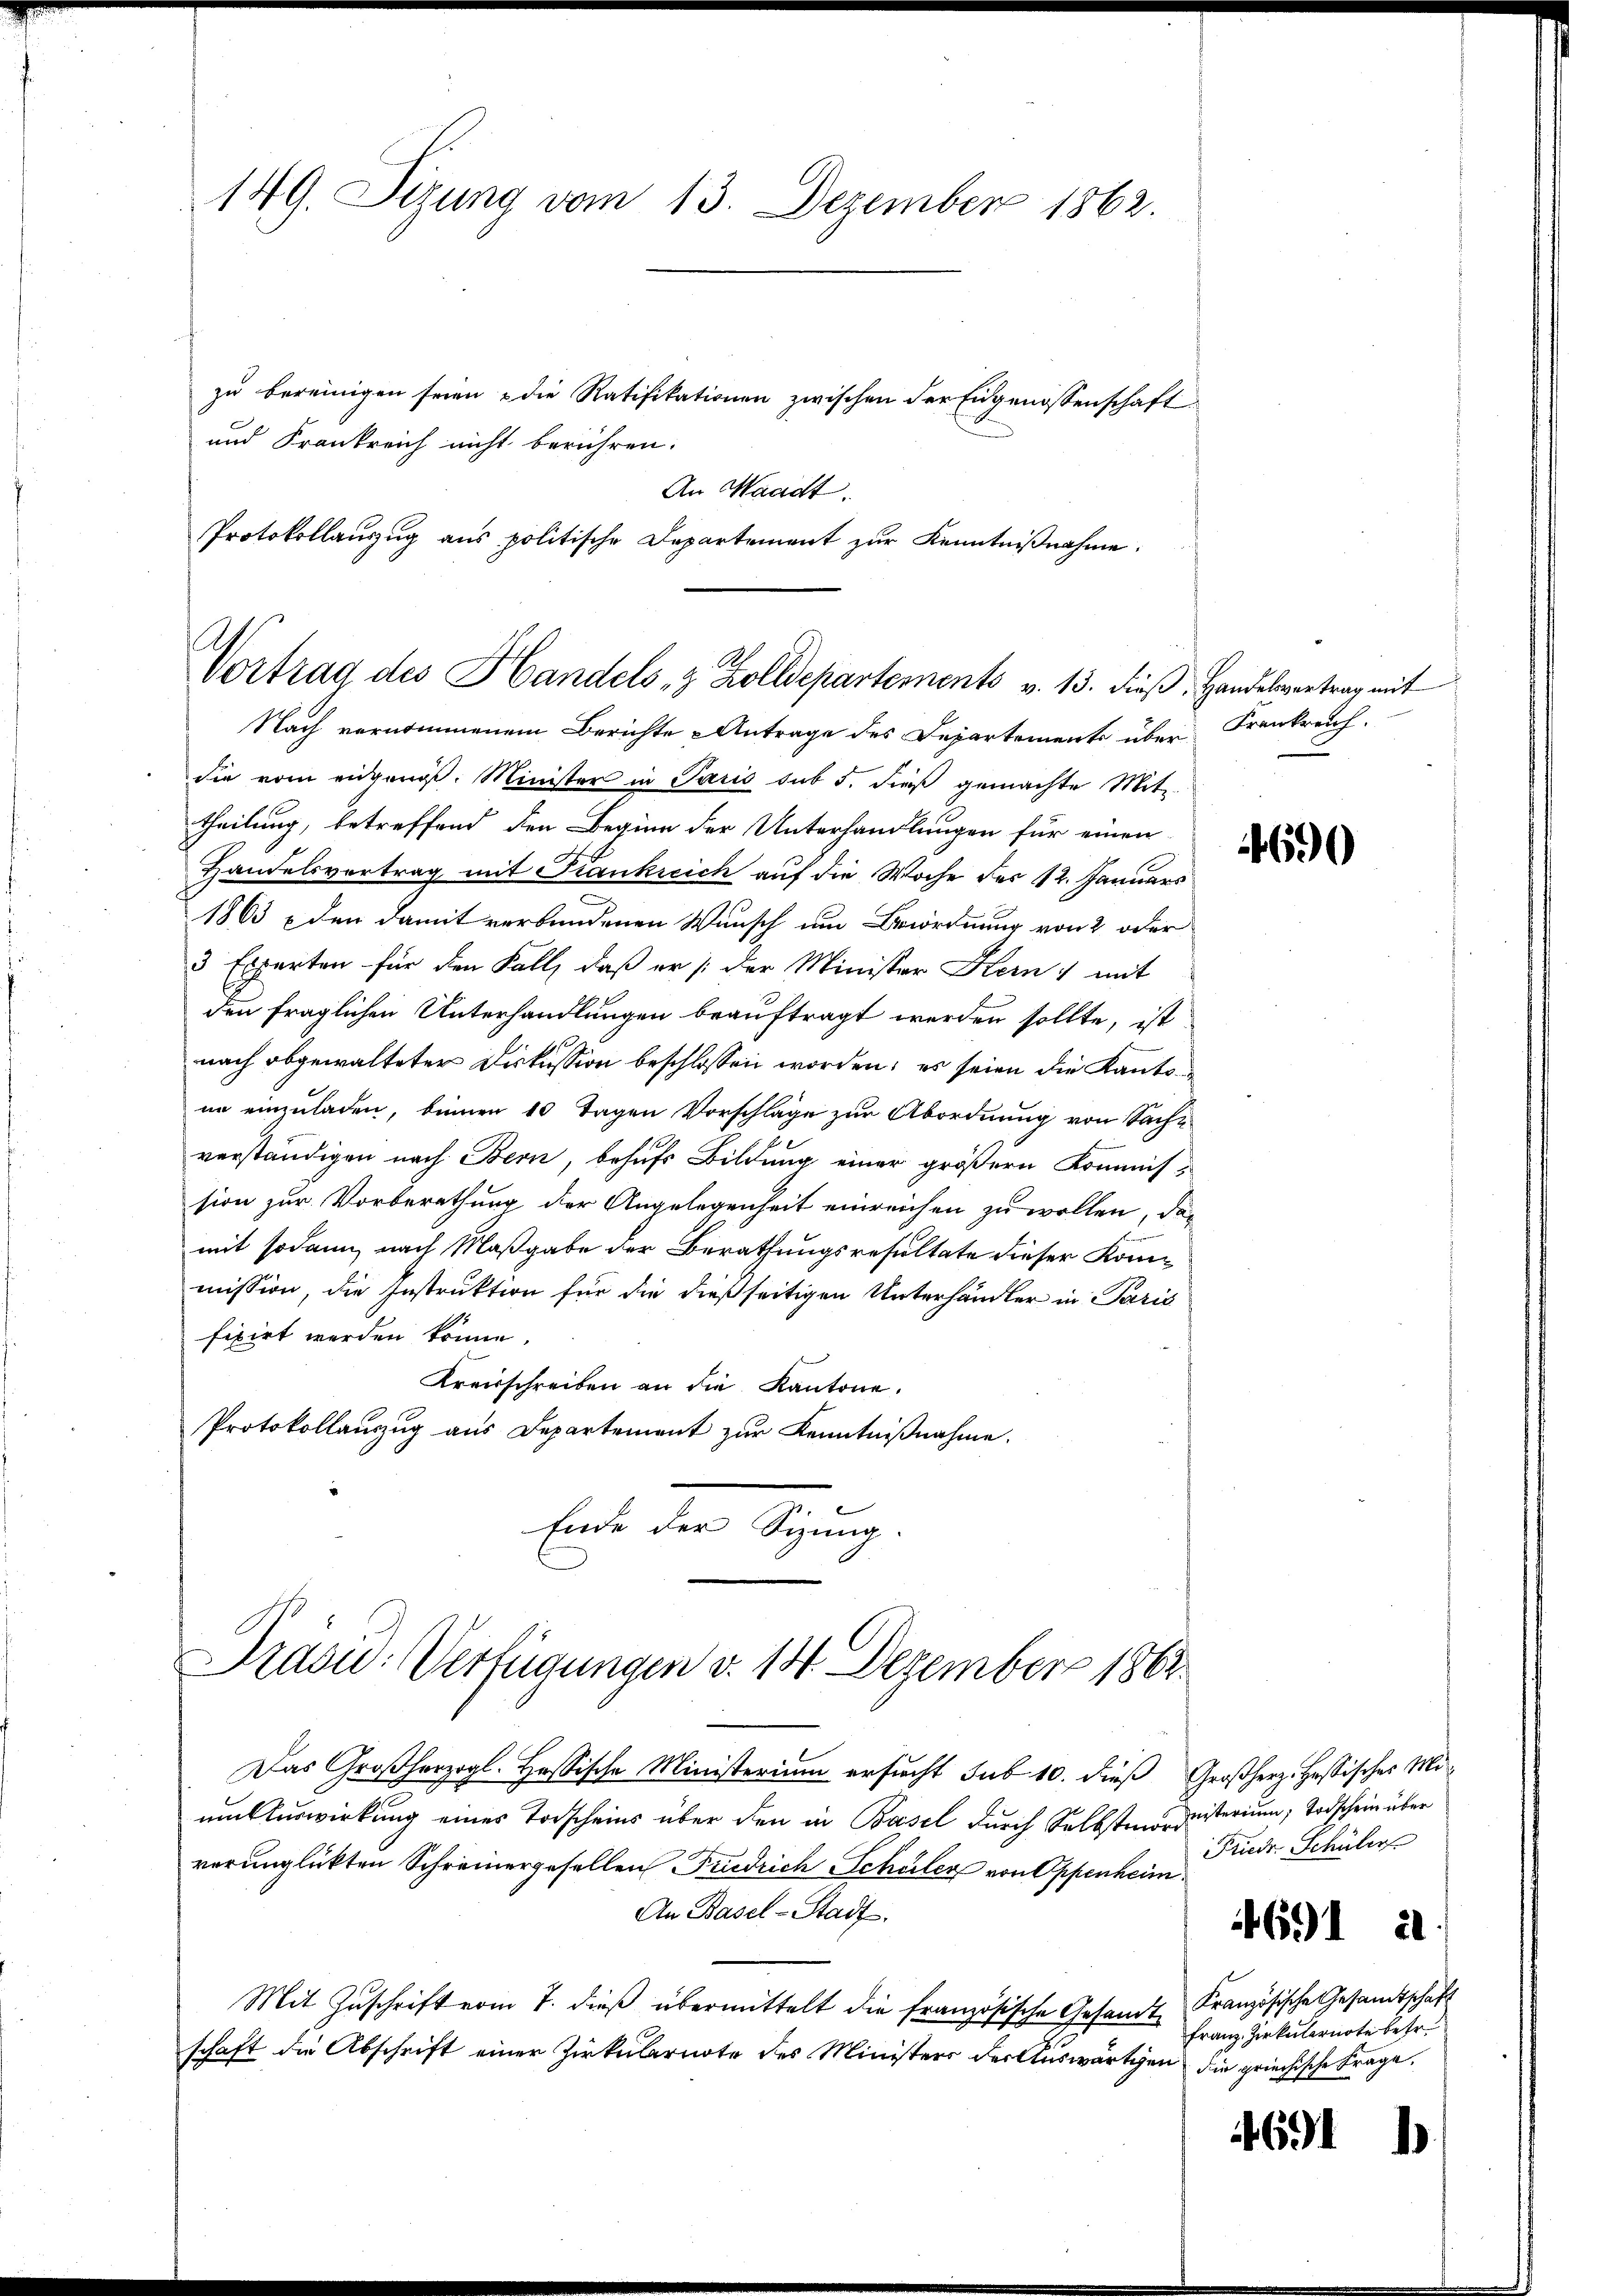
149. Sizung vom 13. Dezember 1862.
zu bereinigen seien u die Ratifikationen zwischen der Eidgenossenschaft
und Frankreich nicht berühren.

An Waadt.
Protokollanzug aus politische Departement zur Kenntnißnahme.

Vortrag des Handels- & Zolldepartements v. 13. dieß, Handelvertrag mit
Nach vernommenem Berichte Antrage des Departements über

die vom eidgenöß. Minister in Paris sub 5. dieß gemachte Mit-
theilung, betreffend den Beginn der Unterhandlungen für einen
Handelsvertrag mit Frankreich auf die Woche der 12. Januars
1863 den damit verbundenen Wunsch um Beiordnung von 2 oder
3 Experten für den Fall, daß er der Minister Kein mit
den fraglichen Unterhandlungen beauftragt werden sollte, ist
nach abgewalteter Diskussion beschlossen worden; es seien die Kantonn einzuladen, binnen 10 Tagen Vorschläge zur Abordnung von Sache
verständigen nach Bern, behufs Bildung einer größern Kommission zur Vorberathung der Angelegenheit einreichen zu wollen, das
mit sodann nach Maßgabe der Berathungsresultate dieser Kommission, die Instruktion für die dießseitigen Unterhändler in Paris
fixirt werden könne.
Kreisschreiben an die Kantone.
Protokollauszug aus Departement zur Kenntnißnahme.
Ende der Sizung
Präsid.: Verfügungen v. 14. Dezember 1862.
Das Großherzogl. Hassische Ministerium ersucht sub 10. dieß
umtuswirkung eines Todscheins über den in Basel durch Selbstmord
verunglückten Schreinergesellen Friedrich Schulen von Appenheim
An Basel-Stadt.
Mit Zŭschrift vom 7. dieβ übermittelt die französische Gesandt Französische Gesandtschaft
schaft die Abschrift einer Zirkularnote des Ministers der Auswärtigen

Frankreich.

690

Großherz. Hastisches Miliiiterium, Todschein über
Friedr. Schüler

691 a

Franz- Zirkulernote betr.
die griechische Frage.

691

.